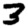
Digit: 3